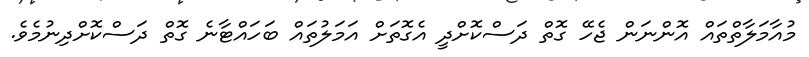
މުއާމަލާތްތައް އޮންނަން ޖެހޭ ގޮތް ދަސްކޮށްދީ އެގޮތަށް އަމަލުތައް ބަހައްޓާނެ ގޮތް ދަސްކޮށްދިނުމެވެ.